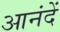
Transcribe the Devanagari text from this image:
आनंदें